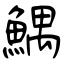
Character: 鰅